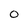
Character: 0